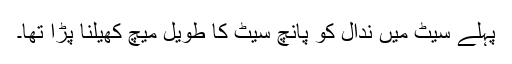
پہلے سیٹ میں ندال کو پانچ سیٹ کا طویل میچ کھیلنا پڑا تھا۔